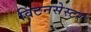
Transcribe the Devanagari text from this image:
विंटनसेस्टर